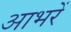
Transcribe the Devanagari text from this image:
आभरें